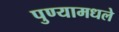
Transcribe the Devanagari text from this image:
पुण्यामधले